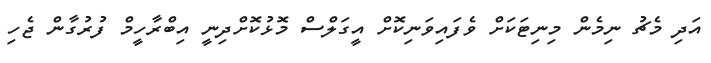
އަދި މެޗު ނިމެން މިނިޓަކަށް ވެފައިވަނިކޮށް އީގަލްސް މޮޅުކޮށްދިނީ އިބްރާހީމް ފުރުގާން ޖެހި